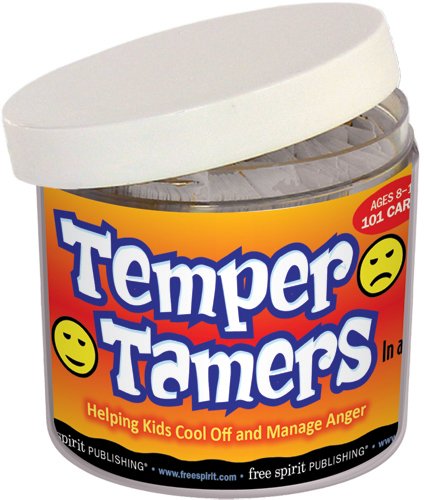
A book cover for Temper Tamers In a Jar: Helping Kids Cool Off and Manage Anger; Free Spirit Publishing; Children's Books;